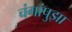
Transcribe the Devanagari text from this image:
चंगांपुझा